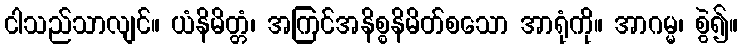
ငါသည်သာလျင်။ ယံနိမိတ္တံ၊ အကြင်အနိစ္စနိမိတ်စသော အာရုံကို။ အာဂမ္မ၊ စွဲ၍။